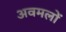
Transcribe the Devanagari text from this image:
अवमलों